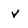
Character: v